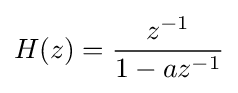
H(z)={\frac {z^{-1}}{1-az^{-1}}}